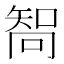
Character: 𠕧